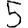
Digit: 5